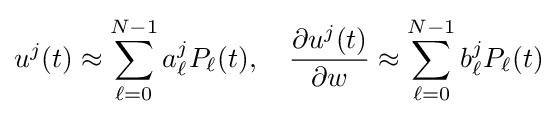
u^{j}(t)\approx \sum _{\ell =0}^{N-1}a_{\ell }^{j}P_{\ell }(t),\quad {\frac {\partial u^{j}(t)}{\partial w}}\approx \sum _{\ell =0}^{N-1}b_{\ell }^{j}P_{\ell }(t)